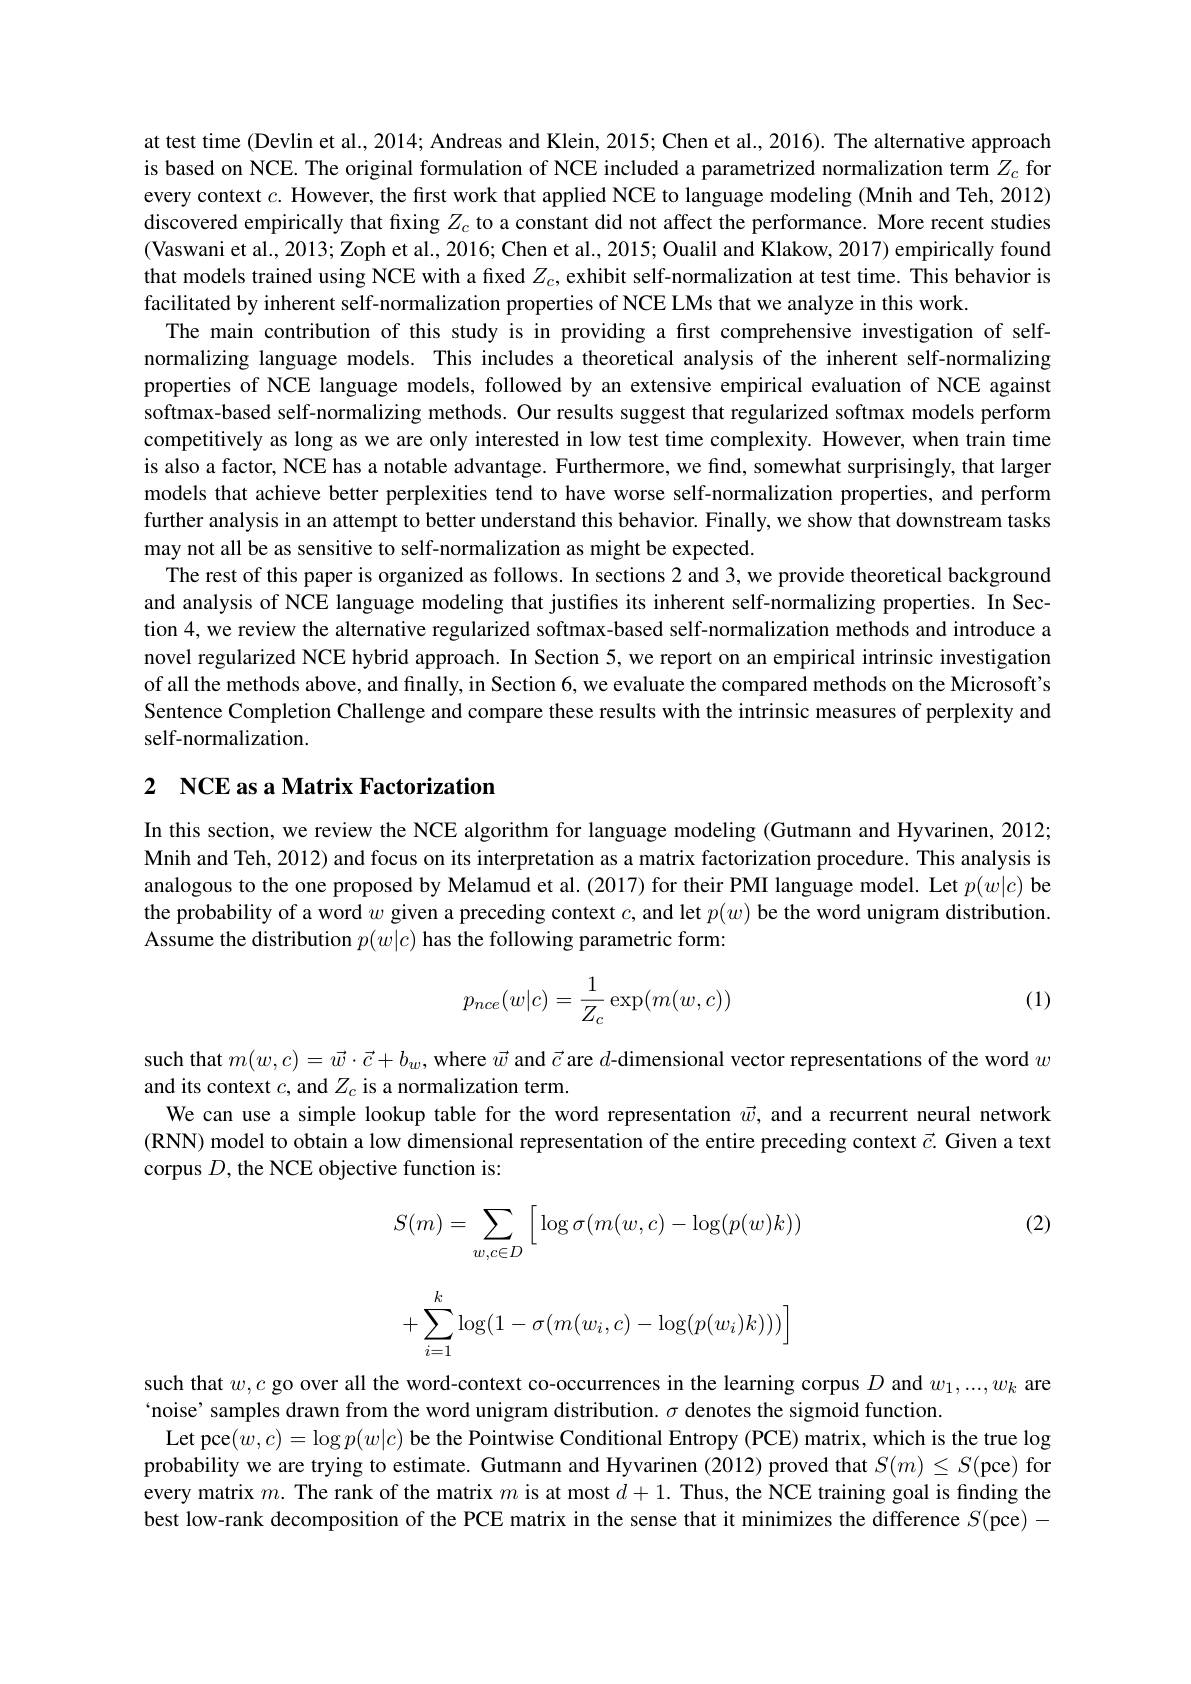
at test time (Devlin et al., 2014; Andreas and Klein, 2015; Chen et al., 2016). The alternative approach is based on NCE. The original formulation of NCE included a parametrized normalization term $Z_c$ for every context $c.$ However, the first work that applied NCE to language modeling (Mnih and Teh, 2012) discovered empirically that fixing $Z_c$ to a constant did not affect the performance. More recent studies (Vaswani et al., 2013; Zoph et al., 2016; Chen et al., 2015; Oualil and Klakow, 2017) empirically found that models trained using NCE with a fixed $Z_c$, exhibit self-normalization at test time. This behavior is facilitated by inherent self-normalization properties of NCE LMs that we analyze in this work.
The main contribution of this study is in providing a first comprehensive investigation of selfnormalizing language models. This includes a theoretical analysis of the inherent self-normalizing properties of NCE language models, followed by an extensive empirical evaluation of NCE against softmax-based self-normalizing methods. Our results suggest that regularized softmax models perform competitively as long as we are only interested in low test time complexity. However, when train time is also a factor, NCE has a notable advantage. Furthermore, we find, somewhat surprisingly, that larger models that achieve better perplexities tend to have worse self-normalization properties, and perform further analysis in an attempt to better understand this behavior. Finally, we show that downstream tasks may not all be as sensitive to self-normalization as might be expected.
The rest of this paper is organized as follows. In sections 2 and 3, we provide theoretical background and analysis of NCE language modeling that justifies its inherent self-normalizing properties. In Section 4, we review the alternative regularized softmax-based self-normalization methods and introduce a novel regularized NCE hybrid approach. In Section 5, we report on an empirical intrinsic investigation of all the methods above, and finally, in Section 6, we evaluate the compared methods on the Microsoft's Sentence Completion Challenge and compare these results with the intrinsic measures of perplexity and self-normalization.

# 2 NCE as a Matrix Factorization

In this section, we review the NCE algorithm for language modeling (Gutmann and Hyvarinen, 2012; Mnih and Teh, 2012) and focus on its interpretation as a matrix factorization procedure. This analysis is analogous to the one proposed by Melamud et al.(2017) for their PMI language model. Let $p(w|c)$ be the probability of a word $w$ given a preceding context $c$, and let $p(w)$ be the word unigram distribution. Assume the distribution $p(w|c)$ has the following parametric form:
$$p_{nce}(w|c)=\frac{1}{Z_{c}}\exp(m(w,c))$$
(1)

such that $m(w,c)=\vec{w}\cdot\vec{c}+b_w$, where $\vec{w}$ and $\vec{c}$ are $d$-dimensional vector representations of the word $w$
and its context $c$, and $Z_c$ is a normalization term.
We can use a simple lookup table for the word representation $\vec{w}$, and a recurrent neural network (RNN) model to obtain a low dimensional representation of the entire preceding context $\vec{c}.$ Given a text corpus $D$, the NCE objective function is:

(2)
$$S(m)=\sum\limits_{w,c\in D}\left[\log\sigma(m(w,c)-\log(p(w)k))\right)$$
$$+\sum_{i=1}^k\log(1-\sigma(m(w_i,c)-\log(p(w_i)k)))\Big]$$
such that $w,c$ go over all the word-context co-occurrences in the learning corpus $D$ and $w_1,...,w_k$ are
`noise' samples drawn from the word unigram distribution. $\sigma$ denotes the sigmoid function.
Let pce$(w,c)=\log p(w|c)$ be the Pointwise Conditional Entropy (PCE) matrix, which is the true log probability we are trying to estimate. Gutmann and Hyvarinen (2012) proved that $S(m)\leq S($pce) for every matrix $m.$ The rank of the matrix $m$ is at most $d+1.$ Thus, the NCE training goal is finding the best low-rank decomposition of the PCE matrix in the sense that it minimizes the difference $S($pce)-